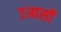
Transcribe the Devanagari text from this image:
उआसी